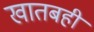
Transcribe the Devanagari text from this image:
खातबही